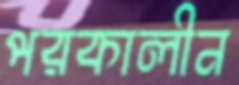
পরকালীন